Problem: 2 × 4 = ?
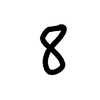
Handwritten answer: 8